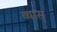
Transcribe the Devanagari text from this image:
व्यास्